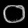
Digit: ၀